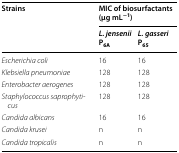
<table><thead><tr><td rowspan="2"><b>Strains</b></td><td colspan="2"><b>MIC of biosurfactants (μg mL<sup>−1</sup>)</b></td></tr><tr><td><b><i>L. jensenii</i> P<sub>6A</sub></b></td><td><b><i>L. gasseri</i> P<sub>65</sub></b></td></tr></thead><tbody><tr><td><i>Escherichia coli</i></td><td>16</td><td>16</td></tr><tr><td><i>Klebsiella pneumoniae</i></td><td>128</td><td>128</td></tr><tr><td><i>Enterobacter aerogenes</i></td><td>128</td><td>128</td></tr><tr><td><i>Staphylococcus saprophyticus</i></td><td>128</td><td>128</td></tr><tr><td><i>Candida albicans</i></td><td>16</td><td>16</td></tr><tr><td><i>Candida krusei</i></td><td>n</td><td>n</td></tr><tr><td><i>Candida tropicalis</i></td><td>n</td><td>n</td></tr></tbody></table>